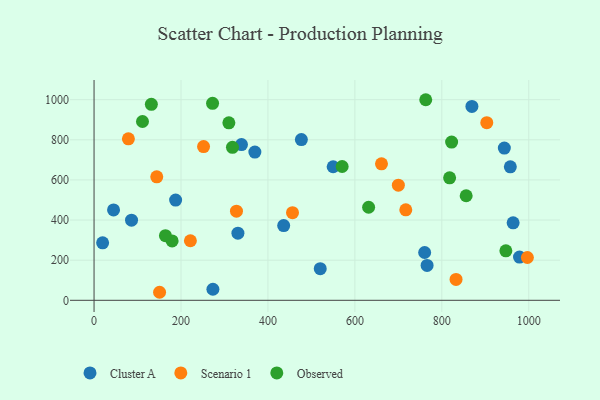
{"axis": {"x": "Study Hours", "y": "Sales"}, "legend": ["Cluster A", "Observed", "Scenario 1"], "data": [{"x": "550.0", "y": 665.6, "type": "Cluster A"}, {"x": "957.6", "y": 665.5, "type": "Cluster A"}, {"x": "978.7", "y": 215.3, "type": "Cluster A"}, {"x": "19.7", "y": 286.4, "type": "Cluster A"}, {"x": "273.4", "y": 55.1, "type": "Cluster A"}, {"x": "44.8", "y": 450.6, "type": "Cluster A"}, {"x": "187.6", "y": 499.8, "type": "Cluster A"}, {"x": "436.2", "y": 372.3, "type": "Cluster A"}, {"x": "869.2", "y": 966.2, "type": "Cluster A"}, {"x": "766.1", "y": 174.0, "type": "Cluster A"}, {"x": "964.0", "y": 386.1, "type": "Cluster A"}, {"x": "339.1", "y": 776.1, "type": "Cluster A"}, {"x": "476.9", "y": 801.2, "type": "Cluster A"}, {"x": "760.5", "y": 238.2, "type": "Cluster A"}, {"x": "330.9", "y": 334.4, "type": "Cluster A"}, {"x": "943.8", "y": 759.0, "type": "Cluster A"}, {"x": "369.9", "y": 738.7, "type": "Cluster A"}, {"x": "520.3", "y": 157.6, "type": "Cluster A"}, {"x": "86.2", "y": 399.3, "type": "Cluster A"}, {"x": "832.7", "y": 104.0, "type": "Scenario 1"}, {"x": "700.0", "y": 574.0, "type": "Scenario 1"}, {"x": "144.2", "y": 615.4, "type": "Scenario 1"}, {"x": "251.9", "y": 766.1, "type": "Scenario 1"}, {"x": "327.6", "y": 444.2, "type": "Scenario 1"}, {"x": "79.0", "y": 805.0, "type": "Scenario 1"}, {"x": "456.5", "y": 437.0, "type": "Scenario 1"}, {"x": "661.2", "y": 680.5, "type": "Scenario 1"}, {"x": "996.8", "y": 213.3, "type": "Scenario 1"}, {"x": "221.6", "y": 296.8, "type": "Scenario 1"}, {"x": "150.7", "y": 40.0, "type": "Scenario 1"}, {"x": "717.1", "y": 450.9, "type": "Scenario 1"}, {"x": "903.4", "y": 885.3, "type": "Scenario 1"}, {"x": "318.4", "y": 762.3, "type": "Observed"}, {"x": "822.5", "y": 788.9, "type": "Observed"}, {"x": "179.6", "y": 295.9, "type": "Observed"}, {"x": "631.6", "y": 463.8, "type": "Observed"}, {"x": "570.7", "y": 666.9, "type": "Observed"}, {"x": "111.4", "y": 891.2, "type": "Observed"}, {"x": "817.9", "y": 610.5, "type": "Observed"}, {"x": "164.2", "y": 322.0, "type": "Observed"}, {"x": "763.0", "y": 999.8, "type": "Observed"}, {"x": "131.8", "y": 976.9, "type": "Observed"}, {"x": "272.6", "y": 982.0, "type": "Observed"}, {"x": "856.0", "y": 521.1, "type": "Observed"}, {"x": "947.3", "y": 246.8, "type": "Observed"}, {"x": "310.1", "y": 884.9, "type": "Observed"}]}